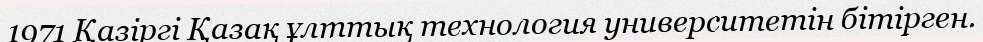
1971 Қазіргі Қазақ ұлттық технология университетін бітірген.